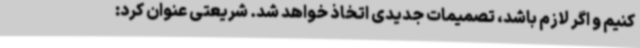
کنیم و اگر لازم باشد، تصمیمات جدیدی اتخاذ خواهد شد. شریعتی عنوان کرد: